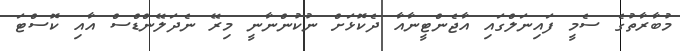
މުބާރާތުގެ ސެމީ ފައިނަލްގައި އާޖެންޓީނާއާ ދެކޮޅަށް ނުކުންނާނީ މިރޭ ނެދަލޭންޑްސް އާއި ކޮސްޓަ